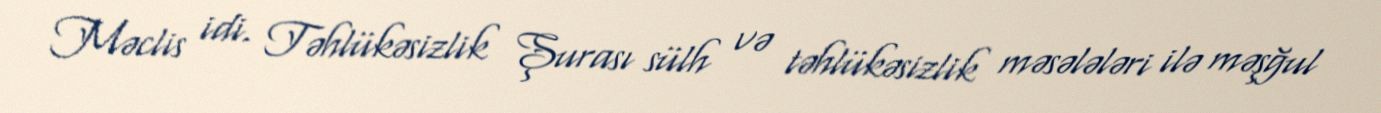
Məclis idi. Təhlükəsizlik Şurası sülh və təhlükəsizlik məsələləri ilə məşğul